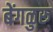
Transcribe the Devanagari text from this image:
बेंगळुरू